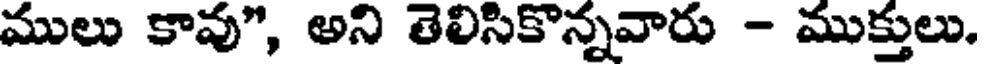
ములు కావు", అని తెలిసికొన్నవారు - ముక్తులు.